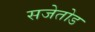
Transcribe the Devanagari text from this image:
सजेतोड